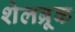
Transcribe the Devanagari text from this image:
शेलब्रूक